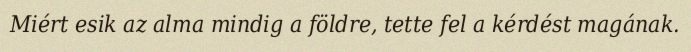
Miért esik az alma mindig a földre, tette fel a kérdést magának.